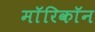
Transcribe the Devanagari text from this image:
माॅरिकाॅन